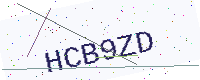
Text: HCB9ZD